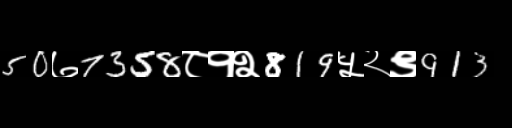
Text: 50७7358८१२819५२९913